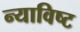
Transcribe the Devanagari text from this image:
न्याविष्ट